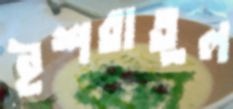
ইশরাতুল